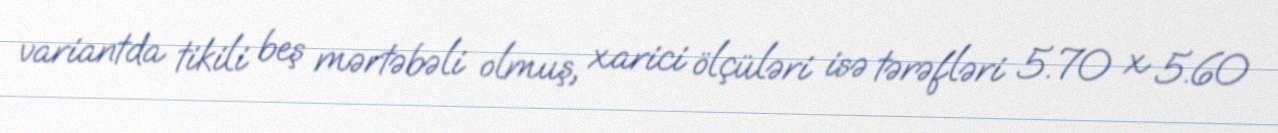
variantda tikili beş mərtəbəli olmuş, xarici ölçüləri isə tərəfləri 5.70 x 5.60